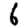
Digit: 6